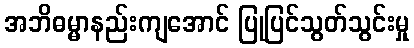
အဘိဓမ္မာနည်းကျအောင် ပြုပြင်သွတ်သွင်းမှု